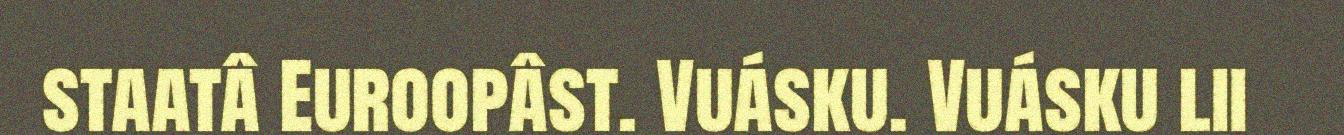
staatâ Euroopâst. Vuásku. Vuásku lii